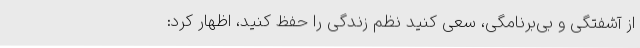
از آشفتگی و بی‌برنامگی، سعی کنید نظم زندگی را حفظ کنید، اظهار کرد: